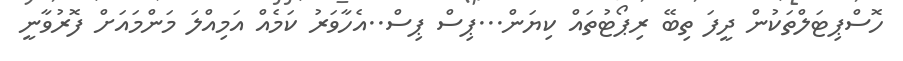
ހޮސްޕިޓަލްތަަކުން ދީފަ ތިބޭ ރިޕޯޓުތައް ކިޔަން...ޕިސް ޕިސް..އެހާވަރު ކަމެއް އަމިއްލަ މަންމައަށް ފޮރުވާނީ